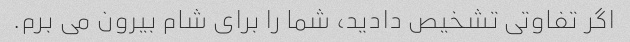
اگر تفاوتی تشخیص دادید، شما را برای شام بیرون می برم.